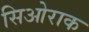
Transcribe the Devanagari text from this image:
सिओराक